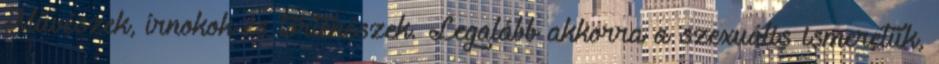
Művészek, írnokok és történészek. Legalább akkorra a szexuális ismeretük,